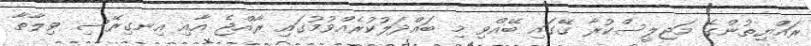
ރައްޔިތުންގެ މަޖިލީސްކުރާ ގޭގައި ބޭއްވި މި ބައްދަލުކުރެއްވުމުގައި ރާއްޖެ އާއި އިނގިރޭސި ވިލާތާ